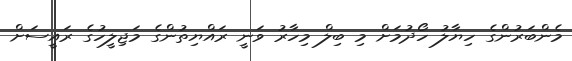
މެންބަރުންގެ ހިޔާލު ހޯދުމަށް މި ބިލް މިހާރު ވަނީ ރައްޔިތުންގެ މަޖިލީހުގެ ރައީސަށް